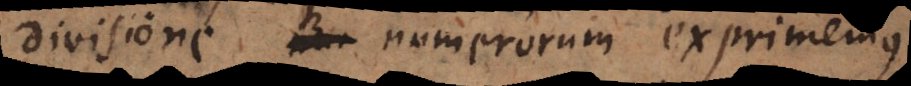
divisione numerorum exprimemus